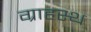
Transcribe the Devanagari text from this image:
ग्राहस्थ